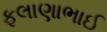
ફલાણાભાઈ